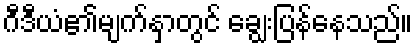
ဂီဒီယံ၏မျက်နှာတွင် ချွေးပြန်နေသည်။